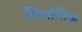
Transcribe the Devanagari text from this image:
विश्रांतिक